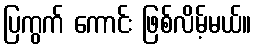
ပြကွက် ကောင်း ဖြစ်လိမ့်မယ်။